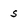
Character: s